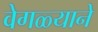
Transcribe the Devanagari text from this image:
वेगळ्याने